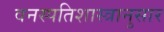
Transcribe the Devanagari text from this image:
वनस्पतिशास्त्रानुसार